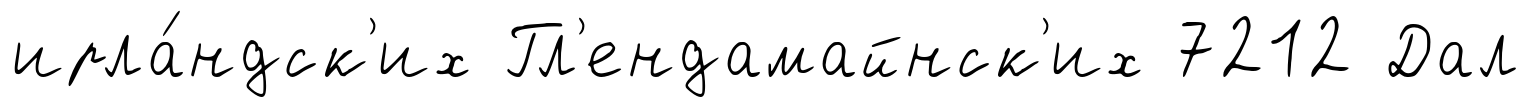
ирла́ндск'их Гл'ендамайнск'их 7212 Дал